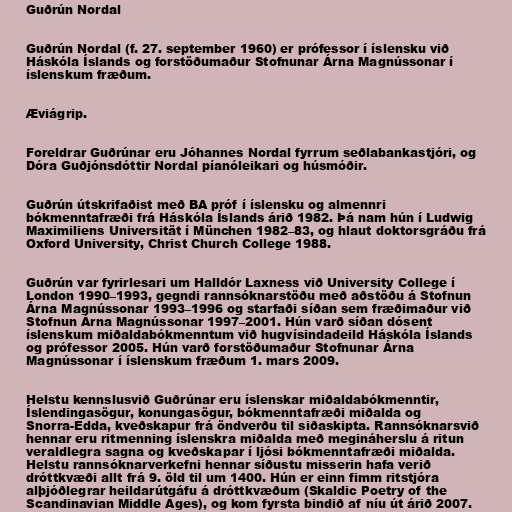
Guðrún Nordal

Guðrún Nordal (f. 27. september 1960) er prófessor í íslensku við
Háskóla Íslands og forstöðumaður Stofnunar Árna Magnússonar í
íslenskum fræðum.

Æviágrip.

Foreldrar Guðrúnar eru Jóhannes Nordal fyrrum seðlabankastjóri, og
Dóra Guðjónsdóttir Nordal píanóleikari og húsmóðir.

Guðrún útskrifaðist með BA próf í íslensku og almennri
bókmenntafræði frá Háskóla Íslands árið 1982. Þá nam hún í Ludwig
Maximiliens Universität í München 1982–83, og hlaut doktorsgráðu frá
Oxford University, Christ Church College 1988.

Guðrún var fyrirlesari um Halldór Laxness við University College í
London 1990–1993, gegndi rannsóknarstöðu með aðstöðu á Stofnun
Árna Magnússonar 1993–1996 og starfaði síðan sem fræðimaður við
Stofnun Árna Magnússonar 1997–2001. Hún varð síðan dósent
íslenskum miðaldabókmenntum við hugvísindadeild Háskóla Íslands
og prófessor 2005. Hún varð forstöðumaður Stofnunar Árna
Magnússonar í íslenskum fræðum 1. mars 2009.

Helstu kennslusvið Guðrúnar eru íslenskar miðaldabókmenntir,
Íslendingasögur, konungasögur, bókmenntafræði miðalda og
Snorra-Edda, kveðskapur frá öndverðu til siðaskipta. Rannsóknarsvið
hennar eru ritmenning íslenskra miðalda með megináherslu á ritun
veraldlegra sagna og kveðskapar í ljósi bókmenntafræði miðalda.
Helstu rannsóknarverkefni hennar síðustu misserin hafa verið
dróttkvæði allt frá 9. öld til um 1400. Hún er einn fimm ritstjóra
alþjóðlegrar heildarútgáfu á dróttkvæðum (Skaldic Poetry of the
Scandinavian Middle Ages), og kom fyrsta bindið af níu út árið 2007.